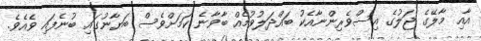
އާއި މާލޭގެ ޖަލުގެ އިސްވެރިންނާއެކު ބައްދަލުވުމެއް ބާވާނެ ކަމަށްވެސް ބަޔާނުގައި ބުނެފައި ވެއެވެ.